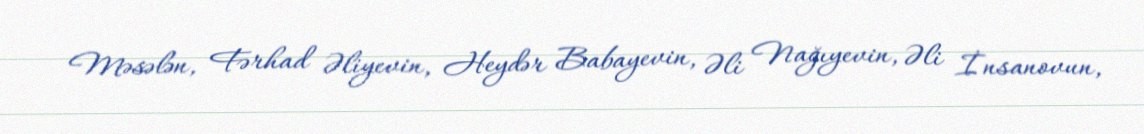
Məsələn, Fərhad Əliyevin, Heydər Babayevin, Əli Nağıyevin, Əli İnsanovun,